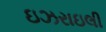
ઇઝરાઇલી